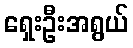
ရှေးဦးအရွယ်